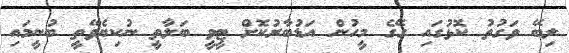
ލިބޭ ވަގުތު ކޮޅުގައި ގޭގެ މީހުން އަޑުބާރުކޮށް ޓީވީ ބަލާތީ ނުކިޔެވޭތީ ބުނީމައި